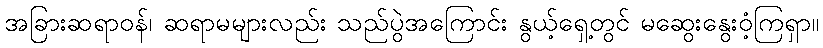
အခြားဆရာဝန်၊ ဆရာမများလည်း သည်ပွဲအကြောင်း နွယ့်ရှေ့တွင် မဆွေးနွေးဝံ့ကြရှာ။